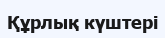
Құрлық күштері